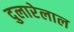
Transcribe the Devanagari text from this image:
दुलारेलाल